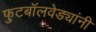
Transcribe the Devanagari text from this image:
फुटबॉलवेड्यांनी